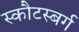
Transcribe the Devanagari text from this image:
स्कौटस्बर्ग